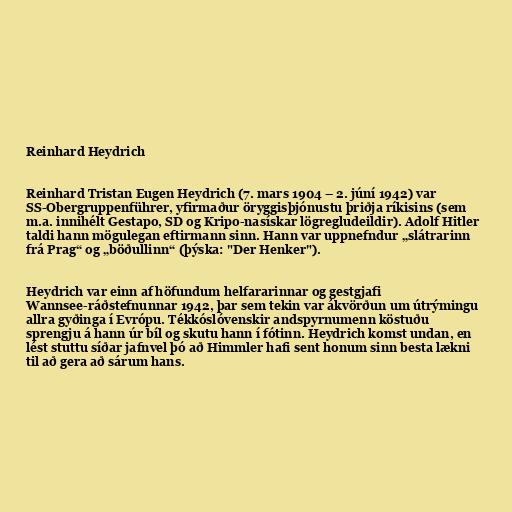
Reinhard Heydrich

Reinhard Tristan Eugen Heydrich (7. mars 1904 – 2. júní 1942) var
SS-Obergruppenführer, yfirmaður öryggisþjónustu þriðja ríkisins (sem
m.a. innihélt Gestapo, SD og Kripo-nasískar lögregludeildir). Adolf Hitler
taldi hann mögulegan eftirmann sinn. Hann var uppnefndur „slátrarinn
frá Prag“ og „böðullinn“ (þýska: "Der Henker").

Heydrich var einn af höfundum helfararinnar og gestgjafi
Wannsee-ráðstefnunnar 1942, þar sem tekin var ákvörðun um útrýmingu
allra gyðinga í Evrópu. Tékkóslóvenskir andspyrnumenn köstuðu
sprengju á hann úr bíl og skutu hann í fótinn. Heydrich komst undan, en
lést stuttu síðar jafnvel þó að Himmler hafi sent honum sinn besta lækni
til að gera að sárum hans.